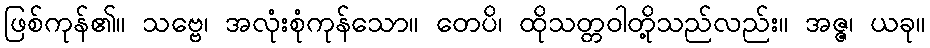
ဖြစ်ကုန်၏။ သဗ္ဗေ၊ အလုံးစုံကုန်သော။ တေပိ၊ ထိုသတ္တဝါတို့သည်လည်း။ အဇ္ဇ၊ ယခု။